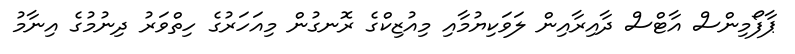
ޕާފޯމިންސް އާޓްސް ދާއިރާއިން ލަވަކިޔުމާއި މިއުޒިކްގެ ރޮނގުން މިއަހަރުގެ ހިތްވަރު ދިނުމުގެ އިނާމު